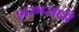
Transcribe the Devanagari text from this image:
शस्त्रसंधी